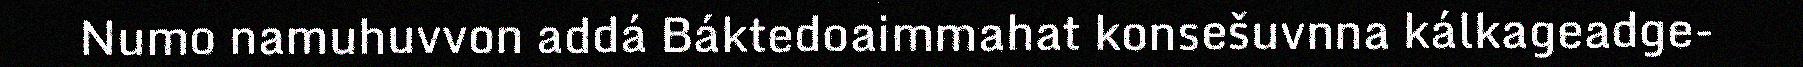
Numo namuhuvvon addá Báktedoaimmahat konsešuvnna kálkageadge-